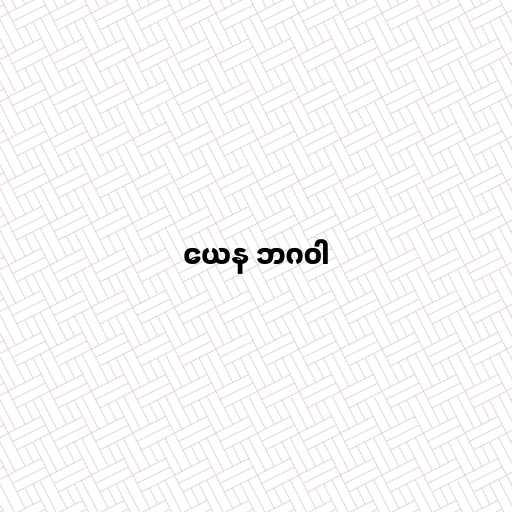
ယေန ဘဂဝါ